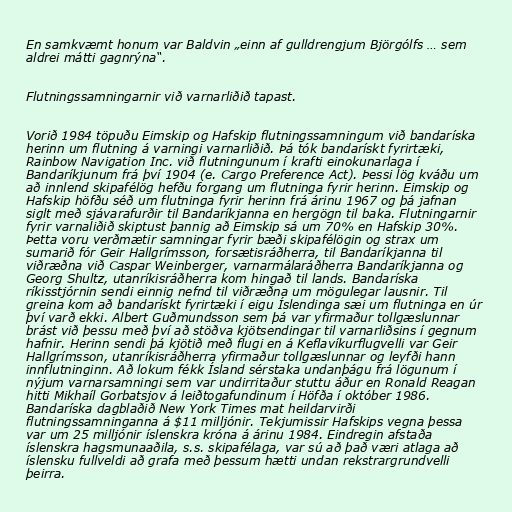
En samkvæmt honum var Baldvin „einn af gulldrengjum Björgólfs … sem
aldrei mátti gagnrýna“.

Flutningssamningarnir við varnarliðið tapast.

Vorið 1984 töpuðu Eimskip og Hafskip flutningssamningum við bandaríska
herinn um flutning á varningi varnarliðið. Þá tók bandarískt fyrirtæki,
Rainbow Navigation Inc. við flutningunum í krafti einokunarlaga í
Bandaríkjunum frá því 1904 (e. Cargo Preference Act). Þessi lög kváðu um
að innlend skipafélög hefðu forgang um flutninga fyrir herinn. Eimskip og
Hafskip höfðu séð um flutninga fyrir herinn frá árinu 1967 og þá jafnan
siglt með sjávarafurðir til Bandaríkjanna en hergögn til baka. Flutningarnir
fyrir varnaliðið skiptust þannig að Eimskip sá um 70% en Hafskip 30%.
Þetta voru verðmætir samningar fyrir bæði skipafélögin og strax um
sumarið fór Geir Hallgrímsson, forsætisráðherra, til Bandaríkjanna til
viðræðna við Caspar Weinberger, varnarmálaráðherra Bandaríkjanna og
Georg Shultz, utanríkisráðherra kom hingað til lands. Bandaríska
ríkisstjórnin sendi einnig nefnd til viðræðna um mögulegar lausnir. Til
greina kom að bandarískt fyrirtæki í eigu Íslendinga sæi um flutninga en úr
því varð ekki. Albert Guðmundsson sem þá var yfirmaður tollgæslunnar
brást við þessu með því að stöðva kjötsendingar til varnarliðsins í gegnum
hafnir. Herinn sendi þá kjötið með flugi en á Keflavíkurflugvelli var Geir
Hallgrímsson, utanríkisráðherra yfirmaður tollgæslunnar og leyfði hann
innflutninginn. Að lokum fékk Ísland sérstaka undanþágu frá lögunum í
nýjum varnarsamningi sem var undirritaður stuttu áður en Ronald Reagan
hitti Mikhaíl Gorbatsjov á leiðtogafundinum í Höfða í október 1986.
Bandaríska dagblaðið New York Times mat heildarvirði
flutningssamninganna á $11 milljónir. Tekjumissir Hafskips vegna þessa
var um 25 milljónir íslenskra króna á árinu 1984. Eindregin afstaða
íslenskra hagsmunaaðila, s.s. skipafélaga, var sú að það væri atlaga að
íslensku fullveldi að grafa með þessum hætti undan rekstrargrundvelli
þeirra.